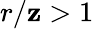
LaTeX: r/\mathbf{z}>1